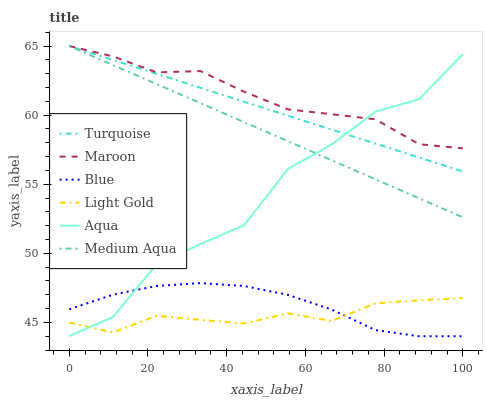
| xaxis_label | Turquoise | Maroon | Blue | Light Gold | Aqua | Medium Aqua |
 | --- | --- | --- | --- | --- | --- | --- |
 | 0 | 65 | 65 | 46 | 45 | 44 | 65 |
 | 11.1 | 64 | 64.2 | 47 | 44.3 | 45.4 | 63.6 |
 | 22.2 | 63 | 63.1 | 47.6 | 45.5 | 49.2 | 62.2 |
 | 33.3 | 62 | 63.2 | 47.8 | 45.2 | 50.7 | 60.9 |
 | 44.4 | 61 | 61.7 | 47.6 | 44.9 | 52 | 59.5 |
 | 55.6 | 60 | 60.4 | 47 | 45.7 | 56.1 | 58.1 |
 | 66.7 | 59 | 60.1 | 45.9 | 45.1 | 57.9 | 56.7 |
 | 77.8 | 57.9 | 59.7 | 44.4 | 46.4 | 60.2 | 55.4 |
 | 88.9 | 56.9 | 57.9 | 44 | 46.6 | 61.2 | 54 |
 | 100 | 55.9 | 57.6 | 44 | 46.8 | 64.4 | 52.6 |